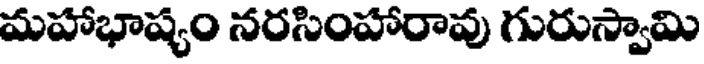
మహాభాష్యం నరసింహారావు గురుస్వామి